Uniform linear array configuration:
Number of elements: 24
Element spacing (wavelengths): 0.75
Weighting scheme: uniform
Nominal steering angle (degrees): -30
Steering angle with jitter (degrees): -31.104
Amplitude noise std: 0.05
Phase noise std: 0.05

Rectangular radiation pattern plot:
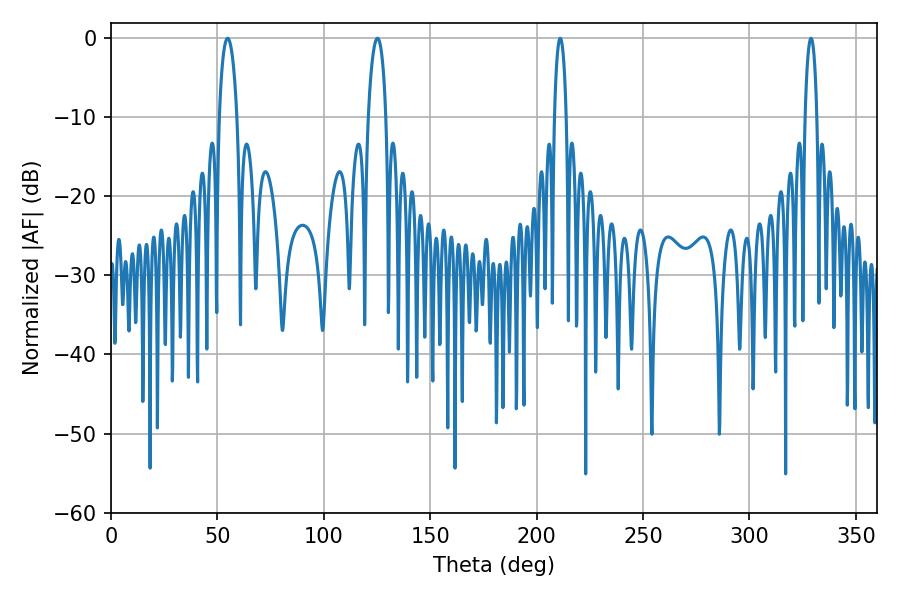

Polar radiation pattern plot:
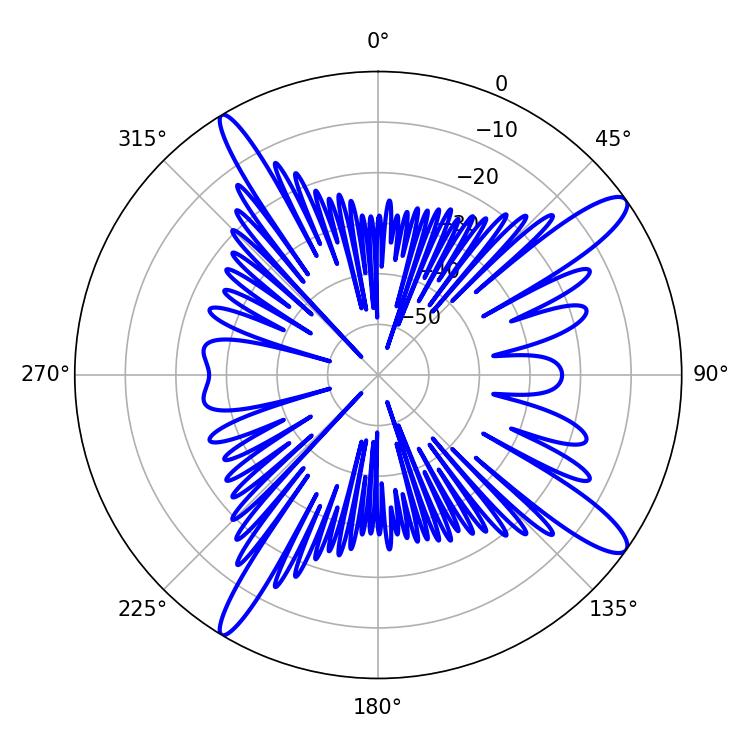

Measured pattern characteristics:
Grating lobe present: TRUE
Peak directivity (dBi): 13.502
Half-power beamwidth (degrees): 4.68
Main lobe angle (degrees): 54.72